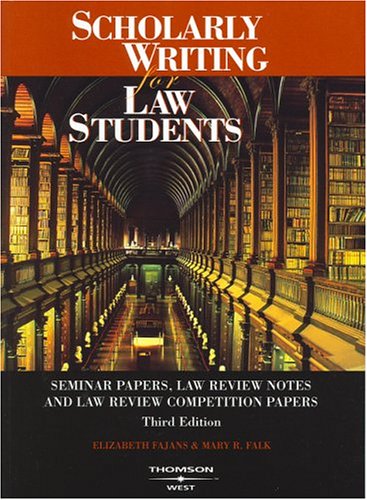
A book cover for Scholarly Writing for Law Students: Seminar Papers, Law Review Notes and Law Review Competition Papers (American Casebook Series); Elizabeth Fajans; Law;